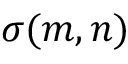
\sigma ( m , n )